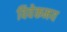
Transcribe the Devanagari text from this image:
विवेकमय